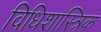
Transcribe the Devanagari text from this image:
विधिशास्त्रिक